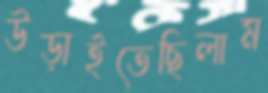
উড়াইতেছিলাম